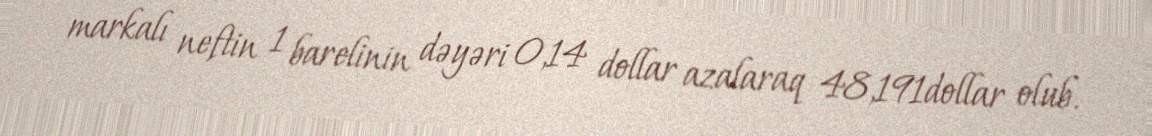
markalı neftin 1 barelinin dəyəri 0,14 dollar azalaraq 48,191dollar olub.